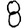
Digit: 8